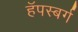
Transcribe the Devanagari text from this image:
हॅपस्बर्ग